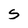
Character: S